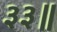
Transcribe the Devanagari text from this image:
३३॥